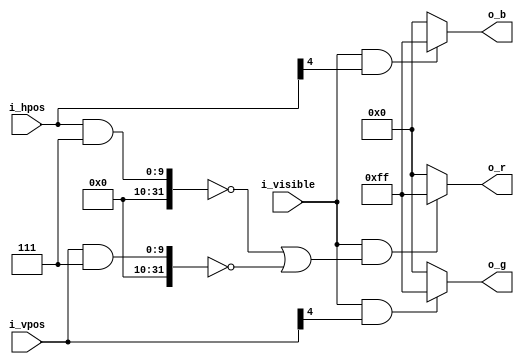
`default_nettype none

module test_pattern (
  input wire [9:0]    i_hpos,
  input wire [9:0]    i_vpos,
  input wire          i_visible,
  output wire [7:0]   o_r,
  output wire [7:0]   o_g,
  output wire [7:0]   o_b
);

  wire r = i_visible & (((i_hpos&7)==0) | ((i_vpos&7)==0));
  wire g = i_visible & i_vpos[4];
  wire b = i_visible & i_hpos[4];

  assign o_r = r? 8'hFF : 8'h00;
  assign o_g = g? 8'hFF : 8'h00;
  assign o_b = b? 8'hFF : 8'h00;
  
endmodule